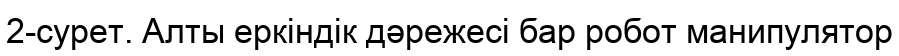
2-сурет. Алты еркіндік дәрежесі бар робот манипулятор